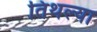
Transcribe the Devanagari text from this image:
तिथल्या